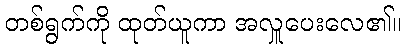
တစ်ရွက်ကို ထုတ်ယူကာ အလှူပေးလေ၏။